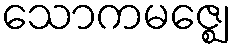
သောကမဇ္ဈေ